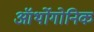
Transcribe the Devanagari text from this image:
ऑर्थोगोनिक